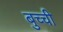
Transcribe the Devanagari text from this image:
बुच्ची